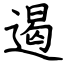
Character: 遏